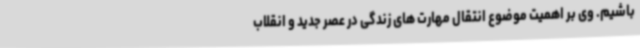
باشیم. وی بر اهمیت موضوع انتقال مهارت های زندگی در عصر جدید و انقلاب